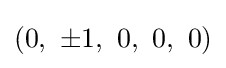
\left(0,\ \pm 1,\ 0,\ 0,\ 0\right)